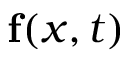
\mathbf { f } ( x , t )